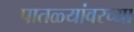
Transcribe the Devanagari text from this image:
पातळ्यांवरच्या